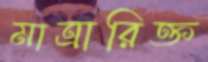
মাত্রারিক্ত